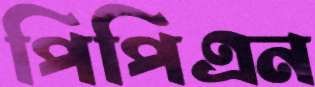
পিপিএন